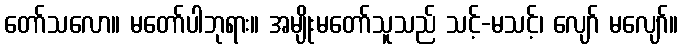
တော်သလော။ မတော်ပါဘုရား။ အမျိုးမတော်သူသည် သင့်-မသင့်၊ လျော် မလျော်။